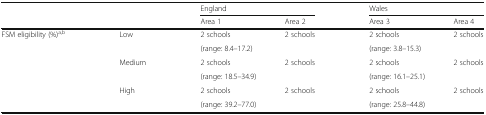
|  |  | <COLSPAN=2> England | <COLSPAN=2> Wales |
 |  |  | Area 1 | Area 2 | Area 3 | Area 4 |
 | --- | --- | --- | --- | --- | --- |
 | <ROWSPAN=6> FSM eligibility (%)a,b | Low | 2 schools | 2 schools | 2 schools | 2 schools |
 |  | <COLSPAN=2> (range: 8.4–17.2) | <COLSPAN=2> (range: 3.8–15.3) |
 | Medium | 2 schools | 2 schools | 2 schools | 2 schools |
 |  | <COLSPAN=2> (range: 18.5–34.9) | <COLSPAN=2> (range: 16.1–25.1) |
 | High | 2 schools | 2 schools | 2 schools | 2 schools |
 |  | <COLSPAN=2> (range: 39.2–77.0) | <COLSPAN=2> (range: 25.8–44.8) |